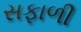
સફાળી